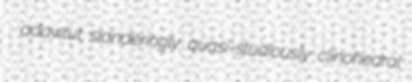
adawlut slanderingly quasi-studiously clinohedral